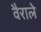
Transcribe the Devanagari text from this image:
वैराले